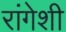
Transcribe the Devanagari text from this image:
रांगेशी